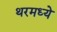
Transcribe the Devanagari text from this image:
थरमध्ये